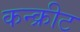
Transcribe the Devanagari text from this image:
कन्क्रीट